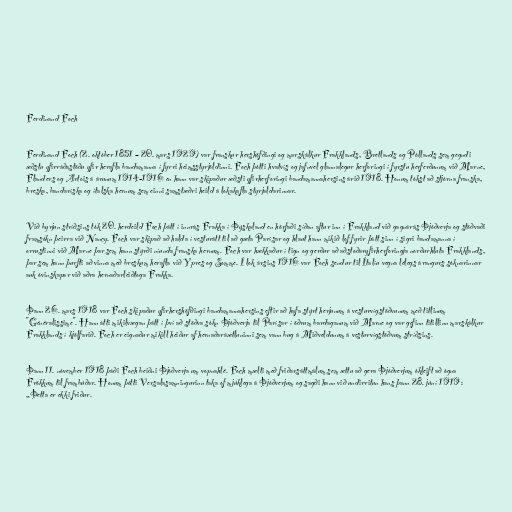
Ferdinand Foch

Ferdinand Foch (2. október 1851 – 20. mars 1929) var franskur hershöfðingi og marskálkur Frakklands, Bretlands og Póllands sem gegndi
æðstu yfirráðastöðu yfir herafla bandamanna í fyrri heimsstyrjöldinni. Foch þótti hvatvís og jafnvel glannalegur herforingi í fyrstu herferðunum við Marne,
Flanders og Artois á árunum 1914-1916 en hann var skipaður æðsti yfirherforingi bandamannahersins árið 1918. Honum tókst að stjórna franska,
breska, bandaríska og ítalska hernum sem einni samstæðri heild á lokakafla styrjaldarinnar.

Við byrjun stríðsins tók 20. herdeild Foch þátt í innrás Frakka í Þýskaland en hörfaði síðan aftur inn í Frakkland við gagnárás Þjóðverja og stöðvaði
framsókn þeirra við Nancy. Foch var skipað að halda í vesturátt til að gæta Parísar og hlaut hann mikið lof fyrir þátt sinn í sigri bandamanna í
orrustinni við Marne þar sem hann stýrði níunda franska hernum. Foch var hækkaður í tign og gerður að aðstoðaryfirherforingja norðurhluta Frakklands,
þar sem hann þurfti að vinna með breskum herafla við Ypres og Somme. Í lok ársins 1916 var Foch sendur til Ítalíu vegna lélegs árangurs sóknarinnar
auk óvinskapar við aðra hernaðarleiðtoga Frakka.

Þann 26. mars 1918 var Foch skipaður yfirhershöfðingi bandamannahersins eftir að hafa stýrt herjunum á vesturvígstöðvunum með titlinum
"Généralissime". Hann átti mikilvægan þátt í því að stöðva sókn Þjóðverja til Parísar í öðrum bardaganum við Marne og var gefinn titillinn marskálkur
Frakklands í kjölfarið. Foch er eignaður mikill heiður af hernaðaráætluninni sem vann bug á Miðveldunum á vesturvígstöðvum stríðsins.

Þann 11. nóvember 1918 þáði Foch beiðni Þjóðverja um vopnahlé. Foch mælti með friðarsáttmálum sem ættu að gera Þjóðverjum ókleift að ógna
Frökkum til frambúðar. Honum þótti Versalasamningurinn taka of mjúklega á Þjóðverjum og sagði hann við undirritun hans þann 28. júní 1919:
„Þetta er ekki friður.